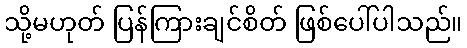
သို့မဟုတ် ပြန်ကြားချင်စိတ် ဖြစ်ပေါ်ပါသည်။